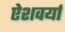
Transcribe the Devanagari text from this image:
ऐशवर्या